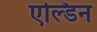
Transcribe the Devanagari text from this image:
एल्डिन